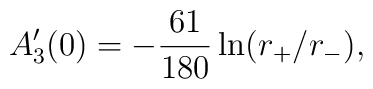
A_{3}'(0)=-{61\over 180}\ln(r_{+}/r_{-}) ,